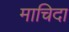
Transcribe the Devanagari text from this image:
माचिदा